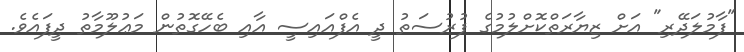
"ފާމުލަދޭރި" އަށް ޒިޔާރަތްކޮށްލުމުގެ ފުރުސަތު ދީ އެފްއައިސީ އާއި ބެހޭގޮތުން މަޢުލޫމާތު ދީފައެވެ.